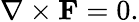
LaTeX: {\nabla}\times{\mathbf{F}}=0.